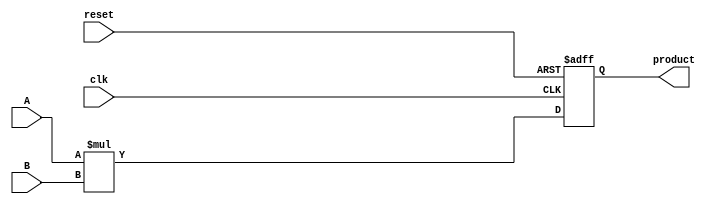
/* 
    k-bits multiplier
*/
module Multiply #(
    parameter k = 8 // the input is k bits
)
(
    input [k - 1:0] A, B,
    input clk, reset, // async hign active reset
    output [2 * k - 1:0] product
);
    reg [2 * k - 1:0] out_reg;
    always @(posedge clk, posedge reset)
    begin
        if(reset) 
            out_reg <= 0;
        else
            out_reg <= A * B;
    end

    assign product = out_reg;
    
endmodule